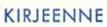
KIRJEENNE